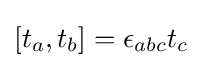
[t_{a},t_{b}]=\epsilon _{abc}t_{c}